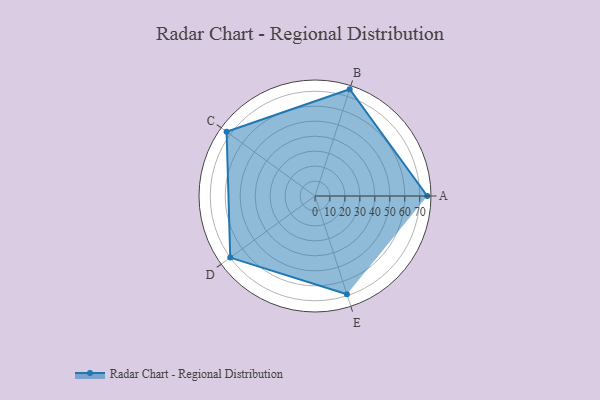
{"axis": {"x": "Skill", "y": "Score"}, "legend": ["Profile"], "data": [{"x": "A", "y": 75.0, "type": "Profile"}, {"x": "B", "y": 75.0, "type": "Profile"}, {"x": "C", "y": 73.0, "type": "Profile"}, {"x": "D", "y": 70.0, "type": "Profile"}, {"x": "E", "y": 69.0, "type": "Profile"}]}